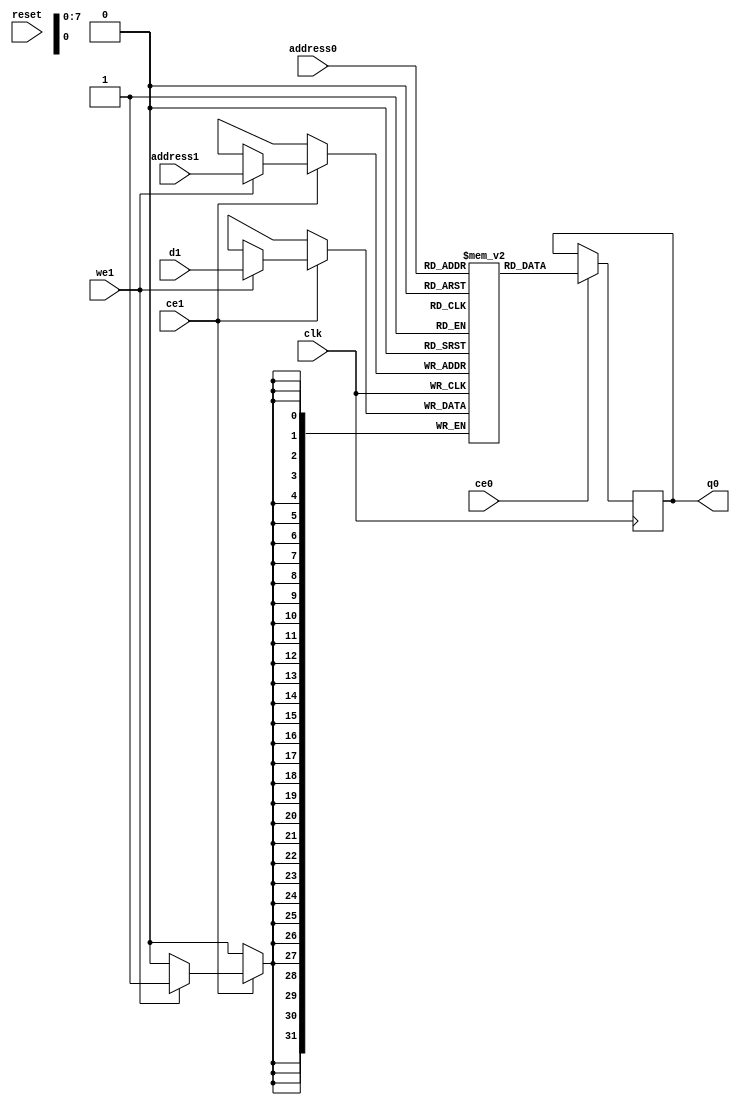
// ==============================================================
// Vitis HLS - High-Level Synthesis from C, C++ and OpenCL v2022.1 (64-bit)
// Tool Version Limit: 2022.04
// Copyright 1986-2022 Xilinx, Inc. All Rights Reserved.
// ==============================================================
`timescale 1 ns / 1 ps
module vadd_LUT_construction_sub_PE_sub_product_quantizer_RAM_2P_BRAM_1R1W (address0, ce0, q0, address1, ce1, d1, we1,  reset,clk);

parameter DataWidth = 32;
parameter AddressWidth = 8;
parameter AddressRange = 256;

input[AddressWidth-1:0] address0;
input ce0;
output reg[DataWidth-1:0] q0;
input[AddressWidth-1:0] address1;
input ce1;
input[DataWidth-1:0] d1;
input we1;
input reset;
input clk;

(* ram_style = "block" *)reg [DataWidth-1:0] ram[0:AddressRange-1];




always @(posedge clk)  
begin 
    if (ce0) begin
        q0 <= ram[address0];
    end
end


always @(posedge clk)  
begin 
    if (ce1) begin
        if (we1) 
            ram[address1] <= d1; 
    end
end


endmodule